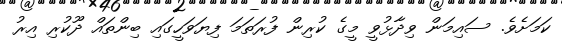
ކަމަށެވެ. ސައިމަން ވިދާޅުވީ މީގެ ކުރިން ފުރަތަމަ ފިޔަވަހީގައި ބިންތައް ދޫކުރި އިރު